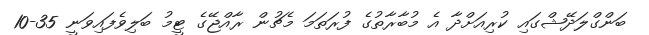
ބަންގްލަދޭޝްގައި ކުރިއަށްދާ އެ މުބާރާތުގެ ފުރަތަމަ މެޗުން ރާއްޖޭގެ ޓީމު ބަލިވެފައިވަނީ 35-10